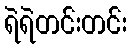
ရဲရဲတင်းတင်း